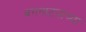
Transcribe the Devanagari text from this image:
वगनाटयाच्या